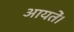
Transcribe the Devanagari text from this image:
आयतें।